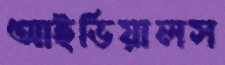
আইডিয়ালস